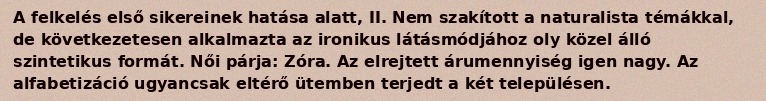
A felkelés első sikereinek hatása alatt, II. Nem szakított a naturalista témákkal, de következetesen alkalmazta az ironikus látásmódjához oly közel álló szintetikus formát. Női párja: Zóra. Az elrejtett árumennyiség igen nagy. Az alfabetizáció ugyancsak eltérő ütemben terjedt a két településen.